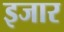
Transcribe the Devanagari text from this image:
इजार